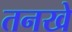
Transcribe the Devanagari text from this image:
तनखे